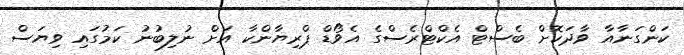
ކަންގަނާއާ ވާދަކޮށް ބެސްޓް އެކްޓްރެސްގެ އެވޯޑް ޕްރިޔާންކާ އަށް ނުލިބުނު ކަމުގައި ވިޔަސް